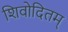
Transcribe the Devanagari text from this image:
शिवोदितम्